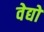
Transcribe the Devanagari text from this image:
वेद्यों